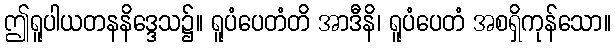
ဤရူပါယတနနိဒ္ဒေသ၌။ ရူပံပေတံတိ အာဒီနိ၊ ရူပံပေတံ အစရှိကုန်သော။